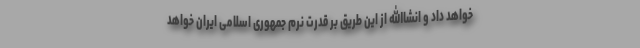
خواهد داد و انشاالله از این طریق بر قدرت نرم جمهوری اسلامی ایران خواهد